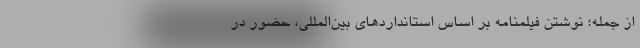
از جمله؛ نوشتن فیلمنامه بر اساس استانداردهای بين‌‌المللي، حضور در